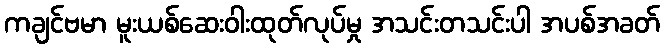
ကချင်ဗမာ မူးယစ်ဆေးဝါးထုတ်လုပ်မှု အသင်းတသင်းပါ အပစ်အခတ်